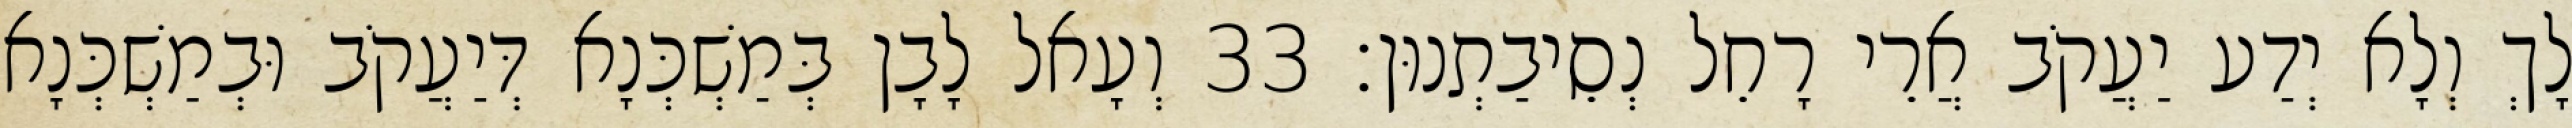
לָךְ וְלָא יְדַע יַעֲקֹב אֲרֵי רָחֵל נְסֵיבַתְנוּן׃ 33 וְעָאל לָבָן בְּמַשְׁכְּנָא דְּיַעֲקֹב וּבְמַשְׁכְּנָא